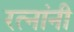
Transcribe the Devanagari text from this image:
रत्नांनी